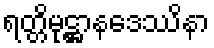
ရတ္တိမုဋ္ဌာနဒေဿိနာ